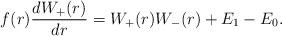
LaTeX: \begin{align*} f(r) \frac{dW_+(r)}{dr} = W_+(r) W_-(r) + E_1 - E_0. \end{align*}